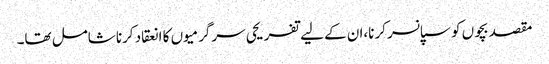
مقصد بچوں کو سپانسر کرنا،ان کے لیے تفریحی سرگرمیوں کا انعقاد کرنا شامل تھا۔